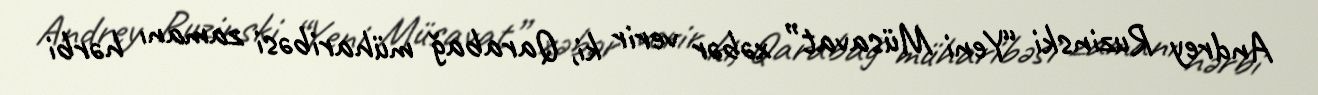
Andrey Ruzinski “Yeni Müsavat” xəbər verir ki, Qarabağ müharibəsi zamanı hərbi